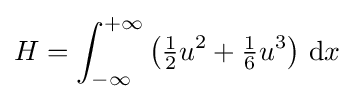
H=\int _{-\infty }^{+\infty }\left({\tfrac {1}{2}}u^{2}+{\tfrac {1}{6}}u^{3}\right)\,{\text{d}}x